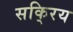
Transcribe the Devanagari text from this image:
सकि्रय